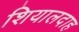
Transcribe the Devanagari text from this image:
शियालदाह